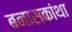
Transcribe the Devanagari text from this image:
बनासकांथा